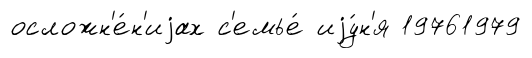
осложн'е́н'иjах с'емье́ иjу́н'я 19761979